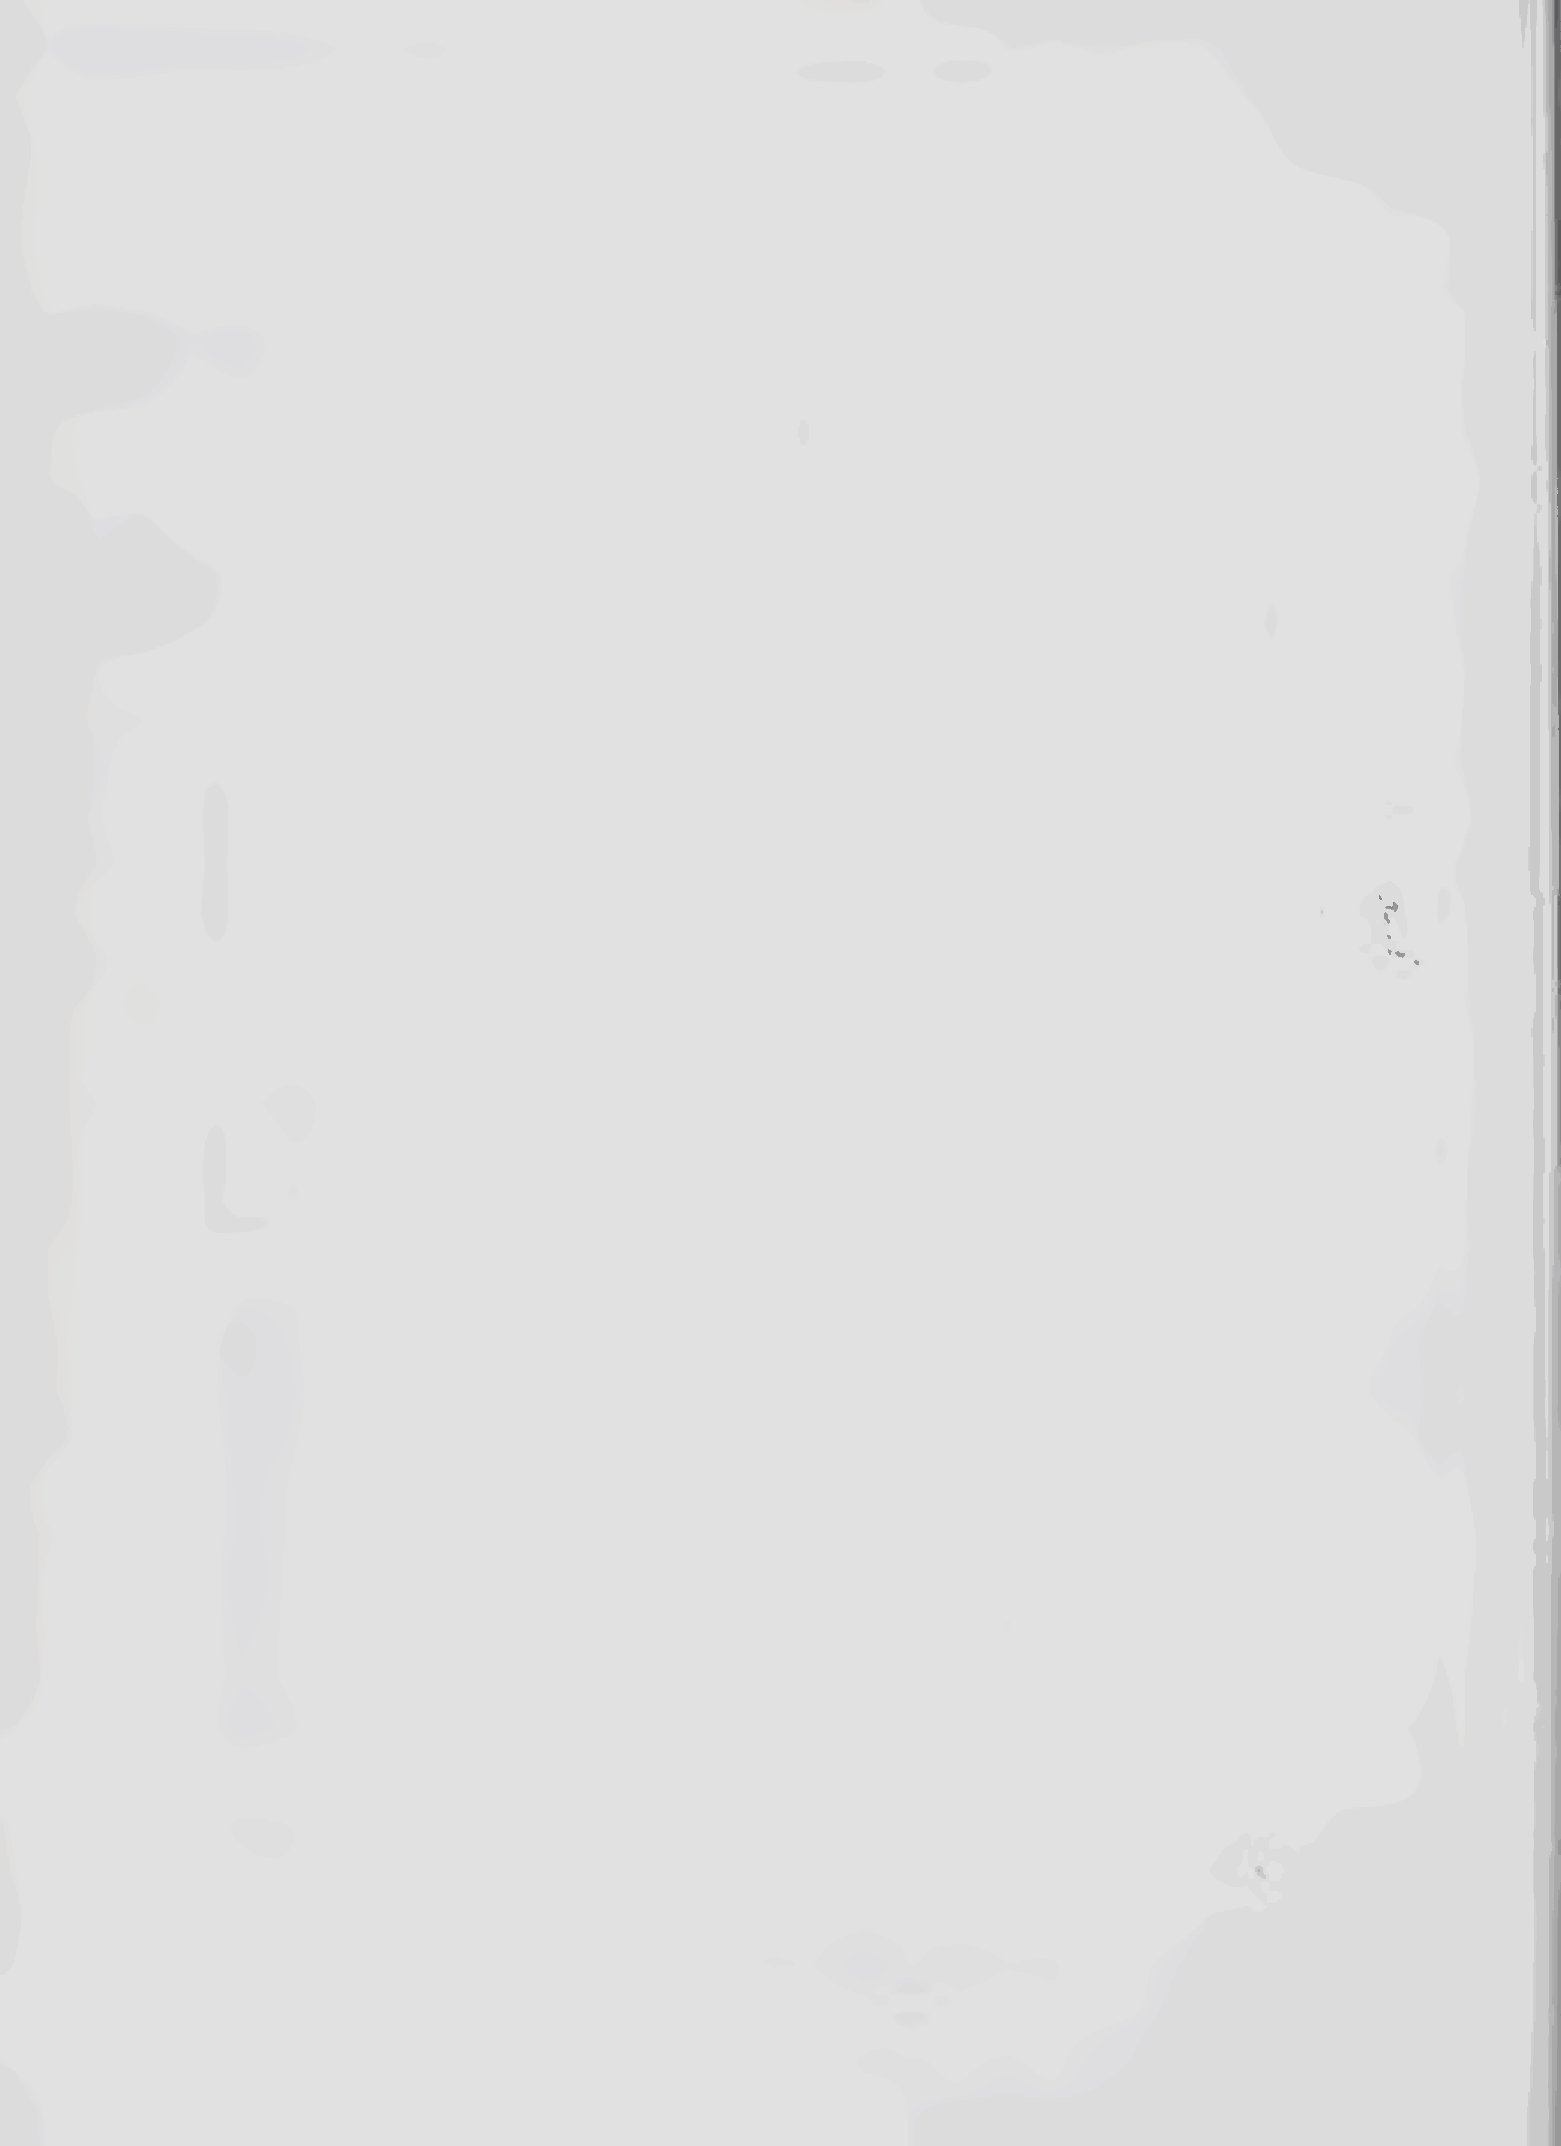
I
 •  '  ' --
 !'l«1
 . . 4.*
 t
 r ’ ■*
 1
 »j ?'
 < <
 ♦
 i                                                                    \
 *
 t
 * « ■» 4h|.